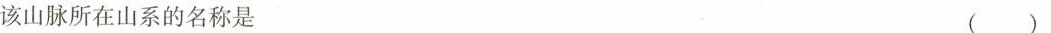
该山脉所在山系的名称是 ( )